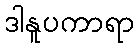
ဒါနူပကာရာ